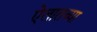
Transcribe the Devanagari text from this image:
ऐलातच्या